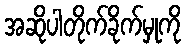
အဆိုပါတိုက်ခိုက်မှုကို